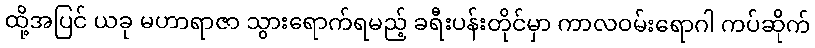
ထို့အပြင် ယခု မဟာရာဇာ သွားရောက်ရမည့် ခရီးပန်းတိုင်မှာ ကာလဝမ်းရောဂါ ကပ်ဆိုက်